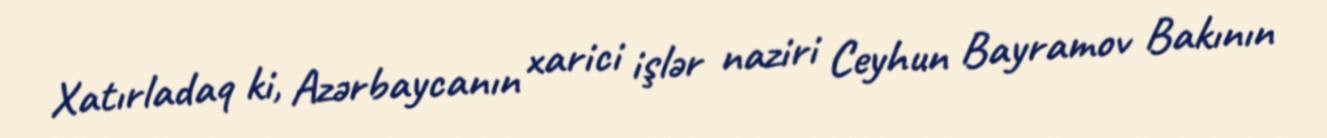
Xatırladaq ki, Azərbaycanın xarici işlər naziri Ceyhun Bayramov Bakının